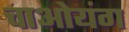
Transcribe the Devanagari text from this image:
चाओयंग